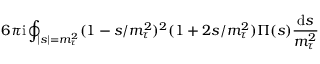
6 \pi \mathrm { i } \oint _ { | s | = m _ { \tau } ^ { 2 } } ( 1 - s / m _ { \tau } ^ { 2 } ) ^ { 2 } ( 1 + 2 s / m _ { \tau } ^ { 2 } ) \Pi ( s ) \frac { \mathrm { d } s } { m _ { \tau } ^ { 2 } }